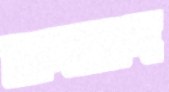
জলভাগ